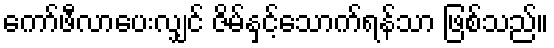
ကော်ဖီလာပေးလျှင် ဇိမ်နှင့်သောက်ရန်သာ ဖြစ်သည်။